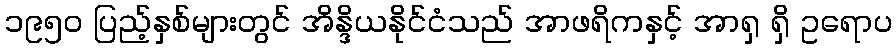
၁၉၅၀ ပြည့်နှစ်များတွင် အိန္ဒိယနိုင်ငံသည် အာဖရိကနှင့် အာရှ ရှိ ဥရောပ